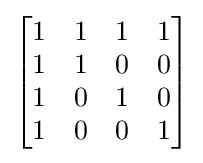
{\begin{bmatrix}1&1&1&1\\1&1&0&0\\1&0&1&0\\1&0&0&1\\\end{bmatrix}}